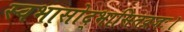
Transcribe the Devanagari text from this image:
स्वभासोद्भासितव्रजः।